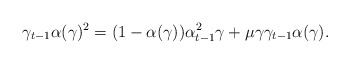
\begin{align*} \gamma_{t-1}\alpha(\gamma)^2=(1-\alpha(\gamma))\alpha_{t-1}^2\gamma+\mu\gamma\gamma_{t-1}\alpha(\gamma).\end{align*}